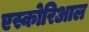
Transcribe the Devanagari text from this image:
एस्कोरिआल